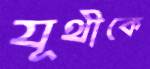
যূথীকে